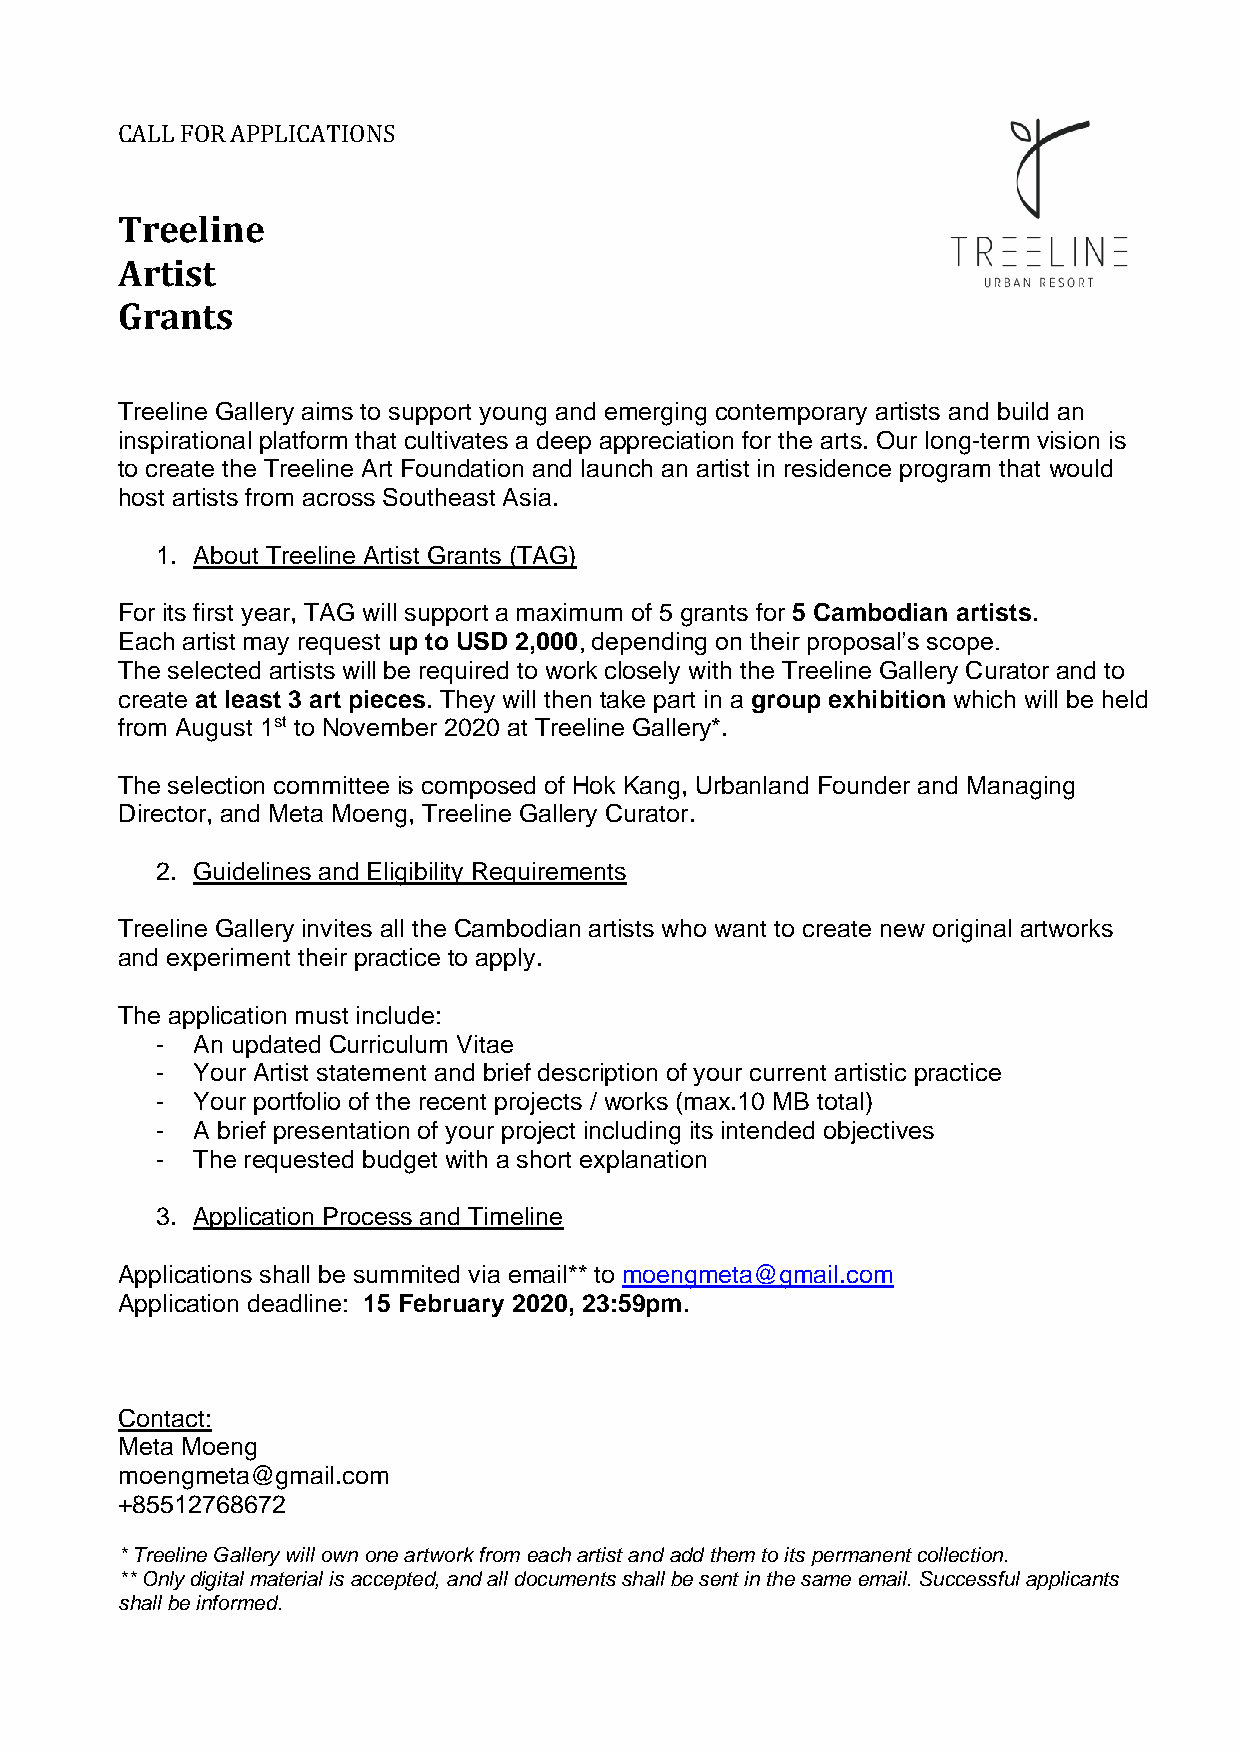
CALL FOR APPLICATIONS
 Treeline
 Artist
 Grants
 Treeline Gallery aims to support young and emerging contemporary artists and build an
 inspirational platform that cultivates a deep appreciation for the arts. Our long-term vision is
 to create the Treeline Art Foundation and launch an artist in residence program that would
 host artists from across Southeast Asia.
 1. About Treeline Artist Grants (TAG)
 For its first year, TAG will support a maximum of 5 grants for 5 Cambodian artists.
 Each artist may request up to USD 2,000, depending on their proposal’s scope.
 The selected artists will be required to work closely with the Treeline Gallery Curator and to
 create at least 3 art pieces. They will then take part in a group exhibition which will be held
 from August 1st to November 2020 at Treeline Gallery*.
 The selection committee is composed of Hok Kang, Urbanland Founder and Managing
 Director, and Meta Moeng, Treeline Gallery Curator.
 2. Guidelines and Eligibility Requirements
 Treeline Gallery invites all the Cambodian artists who want to create new original artworks
 and experiment their practice to apply.
 The application must include:
 -  An updated Curriculum Vitae
 -  Your Artist statement and brief description of your current artistic practice
 -  Your portfolio of the recent projects / works (max.10 MB total)
 -  A brief presentation of your project including its intended objectives
 -  The requested budget with a short explanation
 3. Application Process and Timeline
 Applications shall be summited via email** to moengmeta@gmail.com
 Application deadline: 15 February 2020, 23:59pm.
 Contact:
 Meta Moeng
 moengmeta@gmail.com
 +85512768672
 * Treeline Gallery will own one artwork from each artist and add them to its permanent collection.
 ** Only digital material is accepted, and all documents shall be sent in the same email. Successful applicants
 shall be informed.